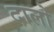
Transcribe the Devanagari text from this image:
दालो